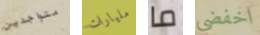
متواجدين مليارات ما اخفضي